Papers set at the Examination for Leaving Certificates, 1892
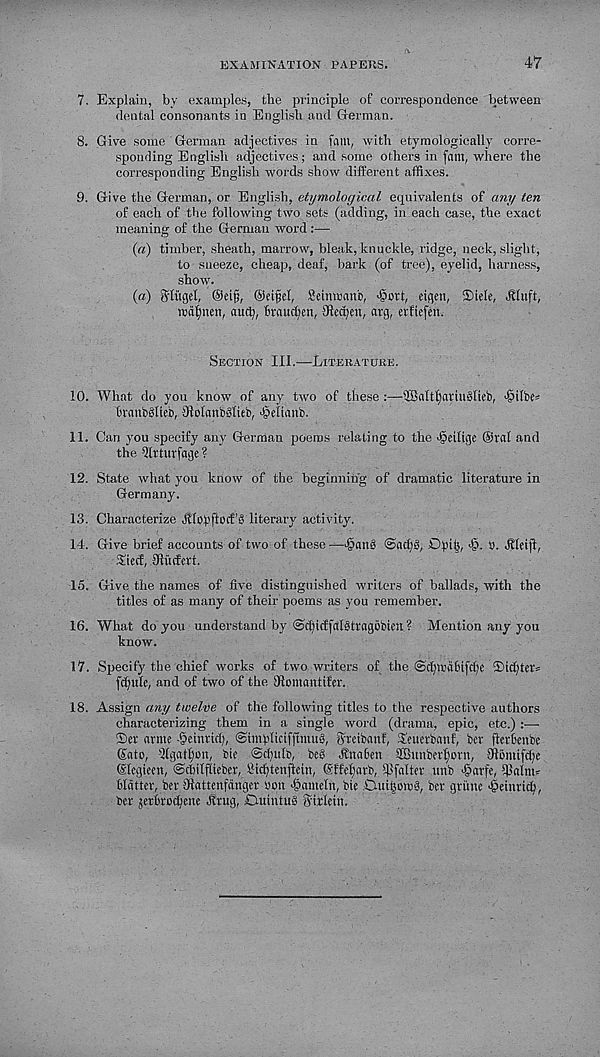
EXAMINATION PAPERS.
47
7. Explain, by examples, tbe principle of correspondence between
dental consonants in English and German.
8. Give some German adjectives in fain, with etymologically corre-
sponding English adjectives; and some others in [am, where the
corresponding English words show different affixes.
9. Give the German, or English, etymological equivalents of any ten
of each of the following two sets (adding, in each case, the exact
meaning of the German word :—
(a) timber, sheath, marrow, bleak, knuckle, ridge, neck, slight,
to sneeze, cheap, deaf, bark (of tree), eyelid, harness,
show.
(a) 8'lngel, ®eifj, ©eijjel, Seimmnb, joott, eigen, ®tele, .Shift,
mafjnen, aucfy, htaudfen, ffiecpen, arg, erftefen.
Section III.—Literature.
10. What do you know of any two of these 3BaItf)attu8lieb, joilbe*
branbfffieb, 9tohmb3lieb, ^etianb.
11. Can you specify any German poems relating to the ^eilige ©ral and
the Qlrturfage?
12. State what you know of the beginning of dramatic literature in
Germany.
13. Characterize jfloflftocfb literary activity.
14. Give brief accounts of two of these —joanS @acf)g, Dpiij,
n. ftleifl,
Siecf, fRudert.
15. Give the names of five distinguished writers of ballads, with the
titles of as many of their poems as you remember.
16. What do you understand by @ct)tc£falgtrag6bien ? Mention any you
know.
17. Specify the chief works of two writers of the <Sc[pnd6ifd)e ®id)ter=
fcfjule, and of two of the SRornantifer.
18. Assign any twelve of the following titles to the respective authors
characterizing them in a single word (drama, epic, etc.) :—-
®er arme joeinricl), ©implicifftniug, Sreibanf, Leuerbanf, bcr fterbenbc
(Sato, Kgat^on, bic Sdjulb, beg Rnafen SGBunberfjorn, Sfibniifdje
©legieen, ©chilfheber, SidRenftein, ©ffcfjavb, Rifalter unb >§arfe, ipalm?
blatter, ber CRattenfdnger oon ^ametn, bie .Ouitjoiog, bcr gritnc >@eiurit^,
ber jerbrodfene Jlrug, DuintuS Sirlein.